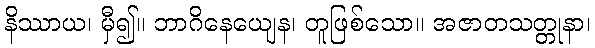
နိဿာယ၊ မှီ၍။ ဘာဂိနေယျေန၊ တူဖြစ်သော။ အဇာတသတ္တုနာ၊